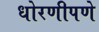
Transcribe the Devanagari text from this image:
धोरणीपणे